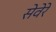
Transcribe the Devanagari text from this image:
सेवेरे